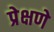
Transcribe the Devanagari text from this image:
प्रेक्षणे